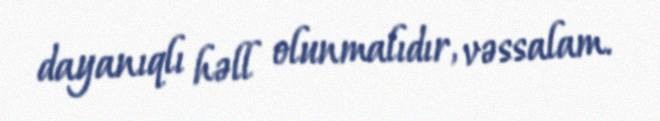
dayanıqlı həll olunmalıdır, vəssalam.